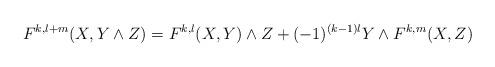
LaTeX: \begin{align*}F^{k,l+m}(X,Y\wedge Z)=F^{k,l}(X,Y)\wedge Z+(-1)^{(k-1)l}Y\wedge F^{k,m}(X,Z)\end{align*}